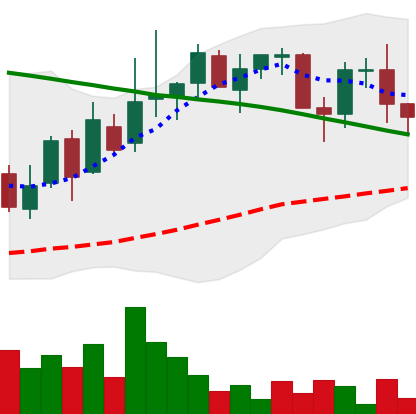
Ticker: LINK-USD
Chart end date: 2018-09-03
Forward return: -20.41%
Label: down_7plus